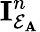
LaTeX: \mathbf{I}_{\mathcal{E}_{\mathbf{A}}}^{n}